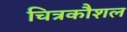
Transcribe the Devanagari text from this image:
चित्रकौशल